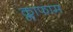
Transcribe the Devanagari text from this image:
क्लाफाम